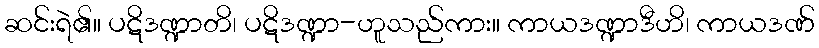
ဆင်းရဲ၏။ ပဋိဒဏ္ဍာတိ၊ ပဋိဒဏ္ဍာ-ဟူသည်ကား။ ကာယဒဏ္ဍာဒီဟိ၊ ကာယဒဏ်